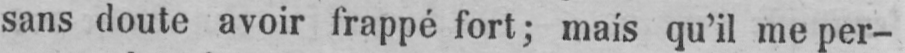
sans doute avoir frappé fort; mais qu’il me per-